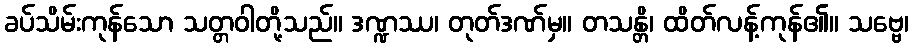
ခပ်သိမ်းကုန်သော သတ္တဝါတို့သည်။ ဒဏ္ဍဿ၊ တုတ်ဒဏ်မှ။ တသန္တိ၊ ထိတ်လန့်ကုန်၏။ သဗ္ဗေ၊